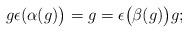
LaTeX: \begin{gather*} g \epsilon ( \alpha (g) \bigr) = g = \epsilon \bigl( \beta (g)\bigr) g ; \end{gather*}